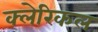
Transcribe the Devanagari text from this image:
क्लेरिकल